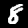
Digit: 8